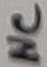
Text: NC